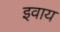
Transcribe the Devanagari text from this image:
इवाय